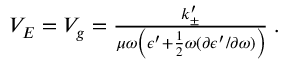
\begin{array} { r } { V _ { E } = V _ { g } = \frac { k _ { \pm } ^ { \prime } } { \mu \omega \left( \epsilon ^ { \prime } + \frac { 1 } { 2 } \omega ( { \partial \epsilon ^ { \prime } / \partial \omega } ) \right) } \; . } \end{array}